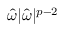
\hat { \omega } | \hat { \omega } | ^ { p - 2 }